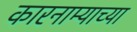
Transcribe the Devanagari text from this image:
कारनाम्याच्या